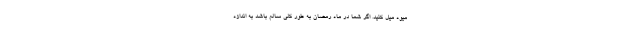
میوه میل کنید. اگر شما در ماه رمضان به طور کلی سالم باشد به اندازه